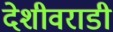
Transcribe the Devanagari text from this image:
देशीवराडी